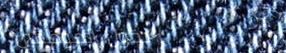
دخول الموظفين